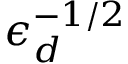
\epsilon _ { d } ^ { - 1 / 2 }